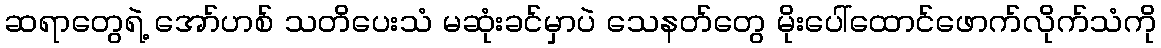
ဆရာတွေရဲ့ အော်ဟစ် သတိပေးသံ မဆုံးခင်မှာပဲ သေနတ်တွေ မိုးပေါ်ထောင်ဖောက်လိုက်သံကို